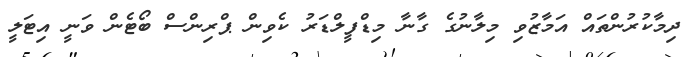
ދިމާކުރުންތައް އަމާޒުވި މިލާނުގެ ގާނާ މިޑްފީލްޑަރު ކެވިން ޕްރިންސް ބޯޓެން ވަނީ އިޓަލީ